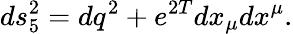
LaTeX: ds_{5}^{2}=dq^{2}+e^{2T}dx_{\mu}dx^{\mu}.